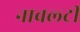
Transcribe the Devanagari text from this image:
नावल्‍टी